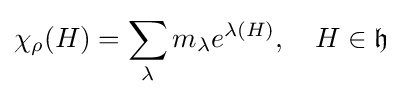
\chi _{\rho }(H)=\sum _{\lambda }m_{\lambda }e^{\lambda (H)},\quad H\in {\mathfrak {h}}